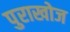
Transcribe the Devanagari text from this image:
पुराखोज